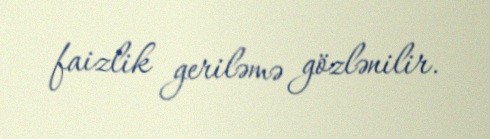
faizlik geriləmə gözlənilir.